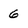
Character: 6